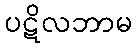
ပဋိလဘာမ